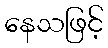
နေသဖြင့်